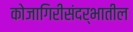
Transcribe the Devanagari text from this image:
कोजागिरीसंदर्भातील